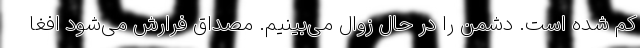
کم شده است. دشمن را در حال زوال می‌بینیم. مصداق فرارش می‌شود افغا